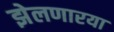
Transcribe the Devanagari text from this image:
झेलणारया